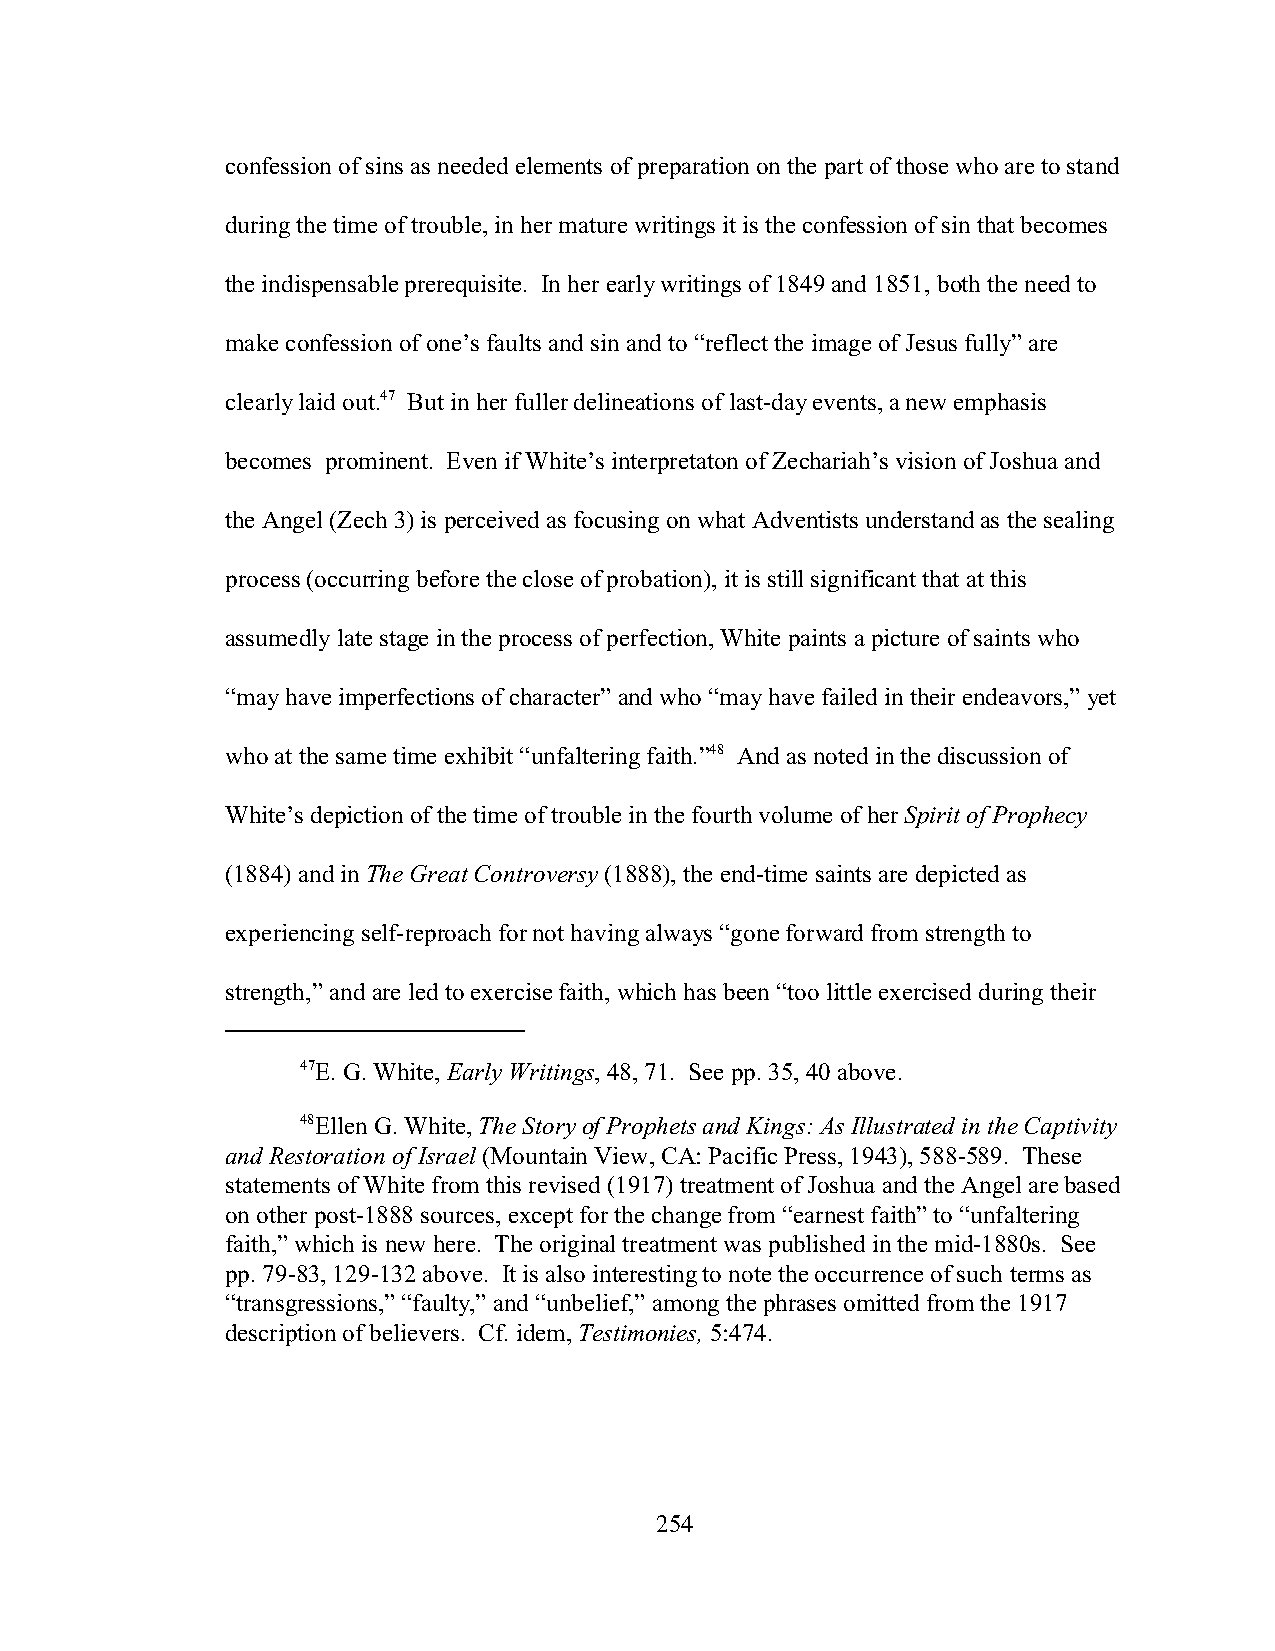
confession of sins as needed elements of preparation on the part of those who are to stand
 during the time of trouble, in her mature writings it is the confession of sin that becomes
 the indispensable prerequisite. In her early writings of 1849 and 1851, both the need to
 make confession of one’s faults and sin and to “reflect the image of Jesus fully” are
 clearly laid out.47 But in her fuller delineations of last-day events, a new emphasis
 becomes prominent. Even if White’s interpretaton of Zechariah’s vision of Joshua and
 the Angel (Zech 3) is perceived as focusing on what Adventists understand as the sealing
 process (occurring before the close of probation), it is still significant that at this
 assumedly late stage in the process of perfection, White paints a picture of saints who
 “may have imperfections of character” and who “may have failed in their endeavors,” yet
 who at the same time exhibit “unfaltering faith.”48 And as noted in the discussion of
 White’s depiction of the time of trouble in the fourth volume of her Spirit of Prophecy
 (1884) and in The Great Controversy (1888), the end-time saints are depicted as
 experiencing self-reproach for not having always “gone forward from strength to
 strength,” and are led to exercise faith, which has been “too little exercised during their
 47E. G. White, Early Writings, 48, 71. See pp. 35, 40 above.
 48Ellen G. White, The Story of Prophets and Kings: As Illustrated in the Captivity
 and Restoration of Israel (Mountain View, CA: Pacific Press, 1943), 588-589. These
 statements of White from this revised (1917) treatment of Joshua and the Angel are based
 on other post-1888 sources, except for the change from “earnest faith” to “unfaltering
 faith,” which is new here. The original treatment was published in the mid-1880s. See
 pp. 79-83, 129-132 above. It is also interesting to note the occurrence of such terms as
 “transgressions,” “faulty,” and “unbelief,” among the phrases omitted from the 1917
 description of believers. Cf. idem, Testimonies, 5:474.
 254